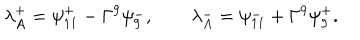
{ \lambda _ { A } ^ { + } = \psi _ { 1 1 } ^ { + } - \Gamma ^ { 9 } \psi _ { 9 } ^ { - } , \qquad \lambda _ { A } ^ { - } = \psi _ { 1 1 } ^ { - } + \Gamma ^ { 9 } \psi _ { 9 } ^ { + } . }